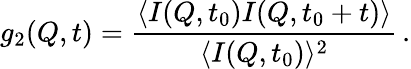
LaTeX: g_{2}(Q,t)=\frac{\langle I(Q,t_{0})I(Q,t_{0}+t)\rangle}{\langle I(Q,t_{0})\rangle^{2}}\, .